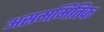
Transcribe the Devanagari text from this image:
असममितिक